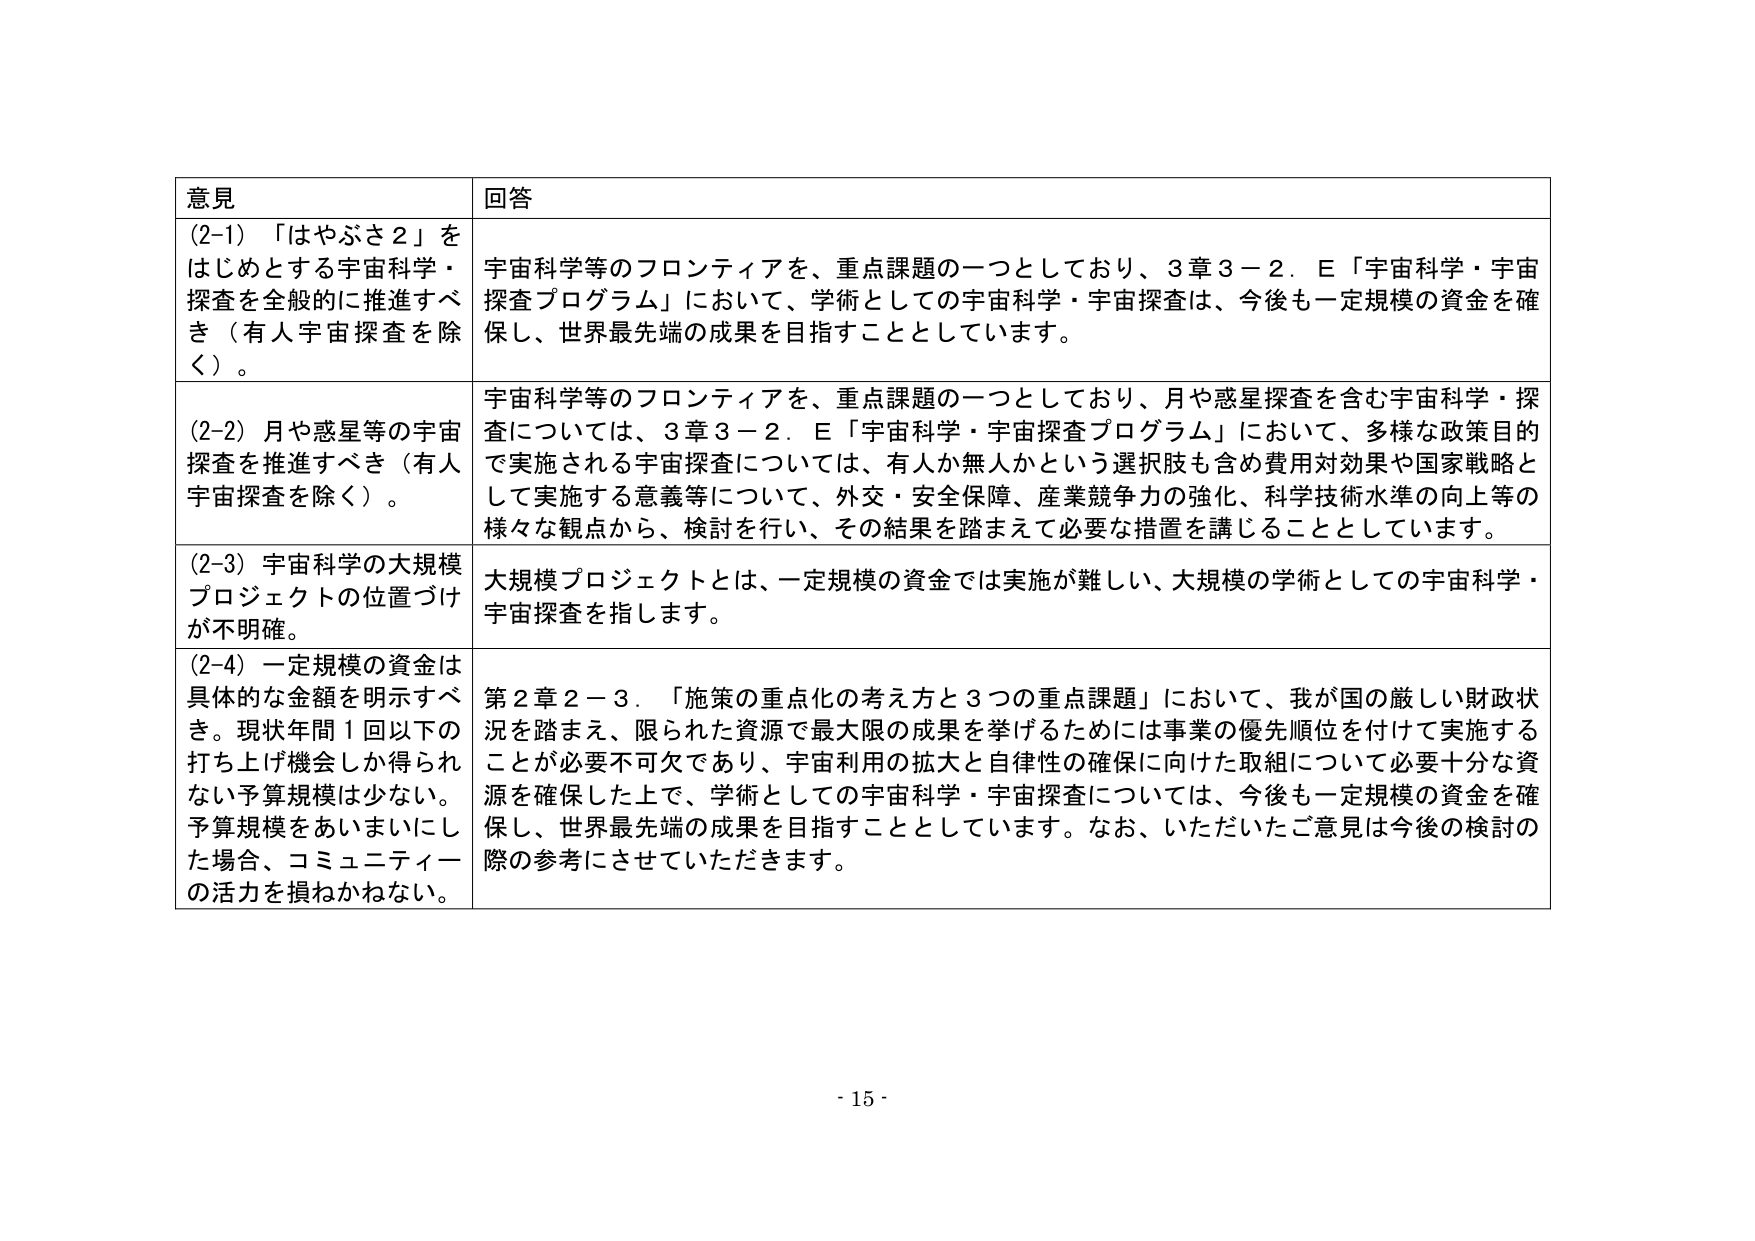
意見 回答
(2-1) 「はやぶさ2」をはじめとする宇宙科学・探査を全般的に推進すべき（有人宇宙探査を除く）。
宇宙科学等のフロンティアを、重点課題の一つとしており、3章3－2．E「宇宙科学・宇宙探査プログラム」において、学術としての宇宙科学・宇宙探査は、今後も一定規模の資金を確保し、世界最先端の成果を目指すこととしています。
(2-2) 月や惑星等の宇宙探査を推進すべき（有人宇宙探査を除く）。
宇宙科学等のフロンティアを、重点課題の一つとしており、月や惑星探査を含む宇宙科学・探査については、3章3－2．E「宇宙科学・宇宙探査プログラム」において、多様な政策目的で実施される宇宙探査については、有人か無人かという選択肢も含め費用対効果や国家戦略として実施する意義等について、外交・安全保障、産業競争力の強化、科学技術水準の向上等の様々な観点から、検討を行い、その結果を踏まえて必要な措置を講じることとしています。
(2-3) 宇宙科学の大規模プロジェクトの位置づけが不明確。
大規模プロジェクトとは、一定規模の資金では実施が難しい、大規模の学術としての宇宙科学・宇宙探査を指します。
(2-4) 一定規模の資金は具体的な金額を明示すべき。現状年間1回以下の打ち上げ機会しか得られない予算規模は少ない。予算規模をあいまいにした場合、コミュニティーの活力を損ねかねない。
第2章2－3．「施策の重点化の考え方と3つの重点課題」において、我が国の厳しい財政状況を踏まえ、限られた資源で最大限の成果を挙げるためには事業の優先順位を付けて実施することが必要不可欠であり、宇宙利用の拡大と自律性の確保に向けた取組について必要十分な資源を確保した上で、学術としての宇宙科学・宇宙探査については、今後も一定規模の資金を確保し、世界最先端の成果を目指すこととしています。なお、いただいたご意見は今後の検討の際の参考にさせていただきます。
- 15 -